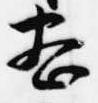
密